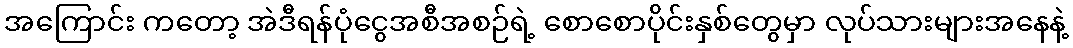
အကြောင်း ကတော့ အဲဒီရန်ပုံငွေအစီအစဉ်ရဲ့ စောစောပိုင်းနှစ်တွေမှာ လုပ်သားများအနေနဲ့